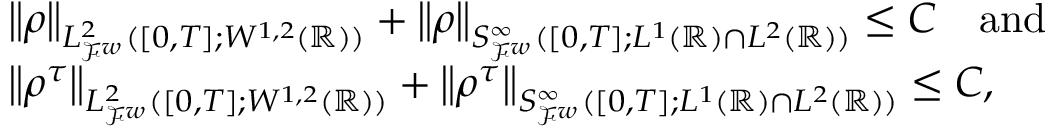
\begin{array} { r l } & { \left\lVert \rho \right\rVert _ { L _ { \mathcal { F } ^ { w } } ^ { 2 } ( [ 0 , T ] ; W ^ { 1 , 2 } ( \mathbb { R } ) ) } + \left\lVert \rho \right\rVert _ { S _ { \mathcal { F } ^ { w } } ^ { \infty } ( [ 0 , T ] ; L ^ { 1 } ( \mathbb { R } ) \cap L ^ { 2 } ( \mathbb { R } ) ) } \le C \quad \mathrm { a n d } } \\ & { \left\lVert \rho ^ { \tau } \right\rVert _ { L _ { \mathcal { F } ^ { w } } ^ { 2 } ( [ 0 , T ] ; W ^ { 1 , 2 } ( \mathbb { R } ) ) } + \left\lVert \rho ^ { \tau } \right\rVert _ { S _ { \mathcal { F } ^ { w } } ^ { \infty } ( [ 0 , T ] ; L ^ { 1 } ( \mathbb { R } ) \cap L ^ { 2 } ( \mathbb { R } ) ) } \le C , } \end{array}